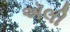
ઍલી